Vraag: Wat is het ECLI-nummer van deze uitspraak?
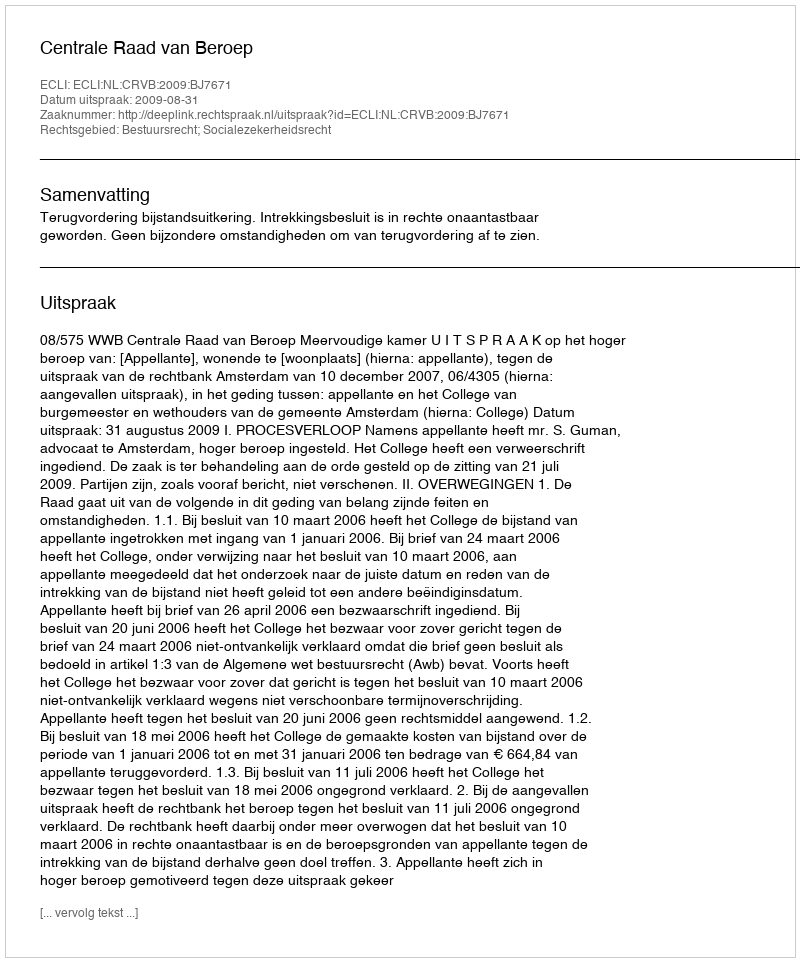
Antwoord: ECLI:NL:CRVB:2009:BJ7671